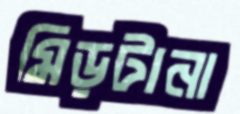
মিড়টানা